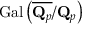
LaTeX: { \mathrm { G a l } } \left( { \overline { { \mathbf { Q } _ { p } } } } / \mathbf { Q } _ { p } \right)